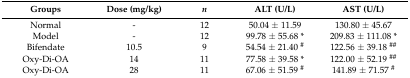
<table><thead><tr><td><b>Groups</b></td><td><b>Dose (mg/kg)</b></td><td><b><i>n</i></b></td><td><b>ALT (U/L)</b></td><td><b>AST (U/L)</b></td></tr></thead><tbody><tr><td>Normal</td><td>-</td><td>12</td><td>50.04 ± 11.59</td><td>130.80 ± 45.67</td></tr><tr><td>Model</td><td>-</td><td>12</td><td>99.78 ± 55.68 *</td><td>209.83 ± 111.08 *</td></tr><tr><td>Bifendate</td><td>10.5</td><td>9</td><td>54.54 ± 21.40 <sup>#</sup></td><td>122.56 ± 39.18 <sup>##</sup></td></tr><tr><td>Oxy-Di-OA</td><td>14</td><td>11</td><td>77.58 ± 39.58 *</td><td>122.00 ± 52.19 <sup>##</sup></td></tr><tr><td>Oxy-Di-OA</td><td>28</td><td>11</td><td>67.06 ± 51.59 <sup>#</sup></td><td>141.89 ± 71.57 <sup>#</sup></td></tr></tbody></table>